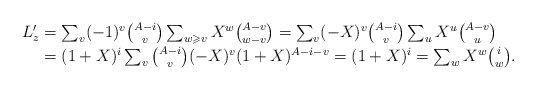
\begin{align*}\textstyle L_z' & = \textstyle \smash{\sum_v (-1)^v {A-i \choose v} \sum_{w\geqslant v} X^w {A-v \choose w-v} = \sum_v (-X)^v {A-i \choose v} \sum_{u} X^{u} {A-v \choose u}} \\& = \textstyle \smash{(1+X)^{i} \sum_v {A-i \choose v} (-X)^v(1+X)^{A-i-v} = (1+X)^i = \sum_{w} X^w {i \choose w}}.\end{align*}